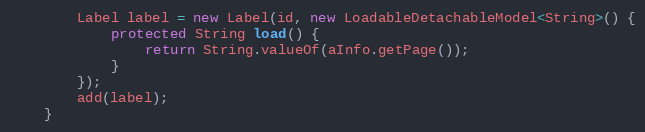
Language: Java
        Label label = new Label(id, new LoadableDetachableModel<String>() {
            protected String load() {
                return String.valueOf(aInfo.getPage());
            }
        });
        add(label);
    }